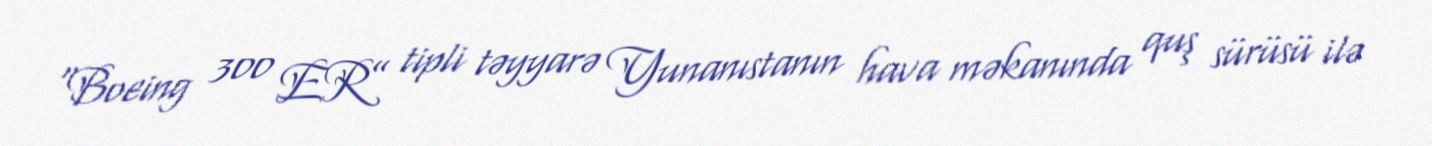
“Boeing 300 ER” tipli təyyarə Yunanıstanın hava məkanında quş sürüsü ilə